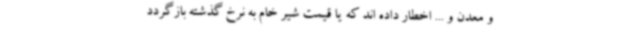
و معدن و ... اخطار داده اند که یا قیمت شیر خام به نرخ گذشته بازگردد